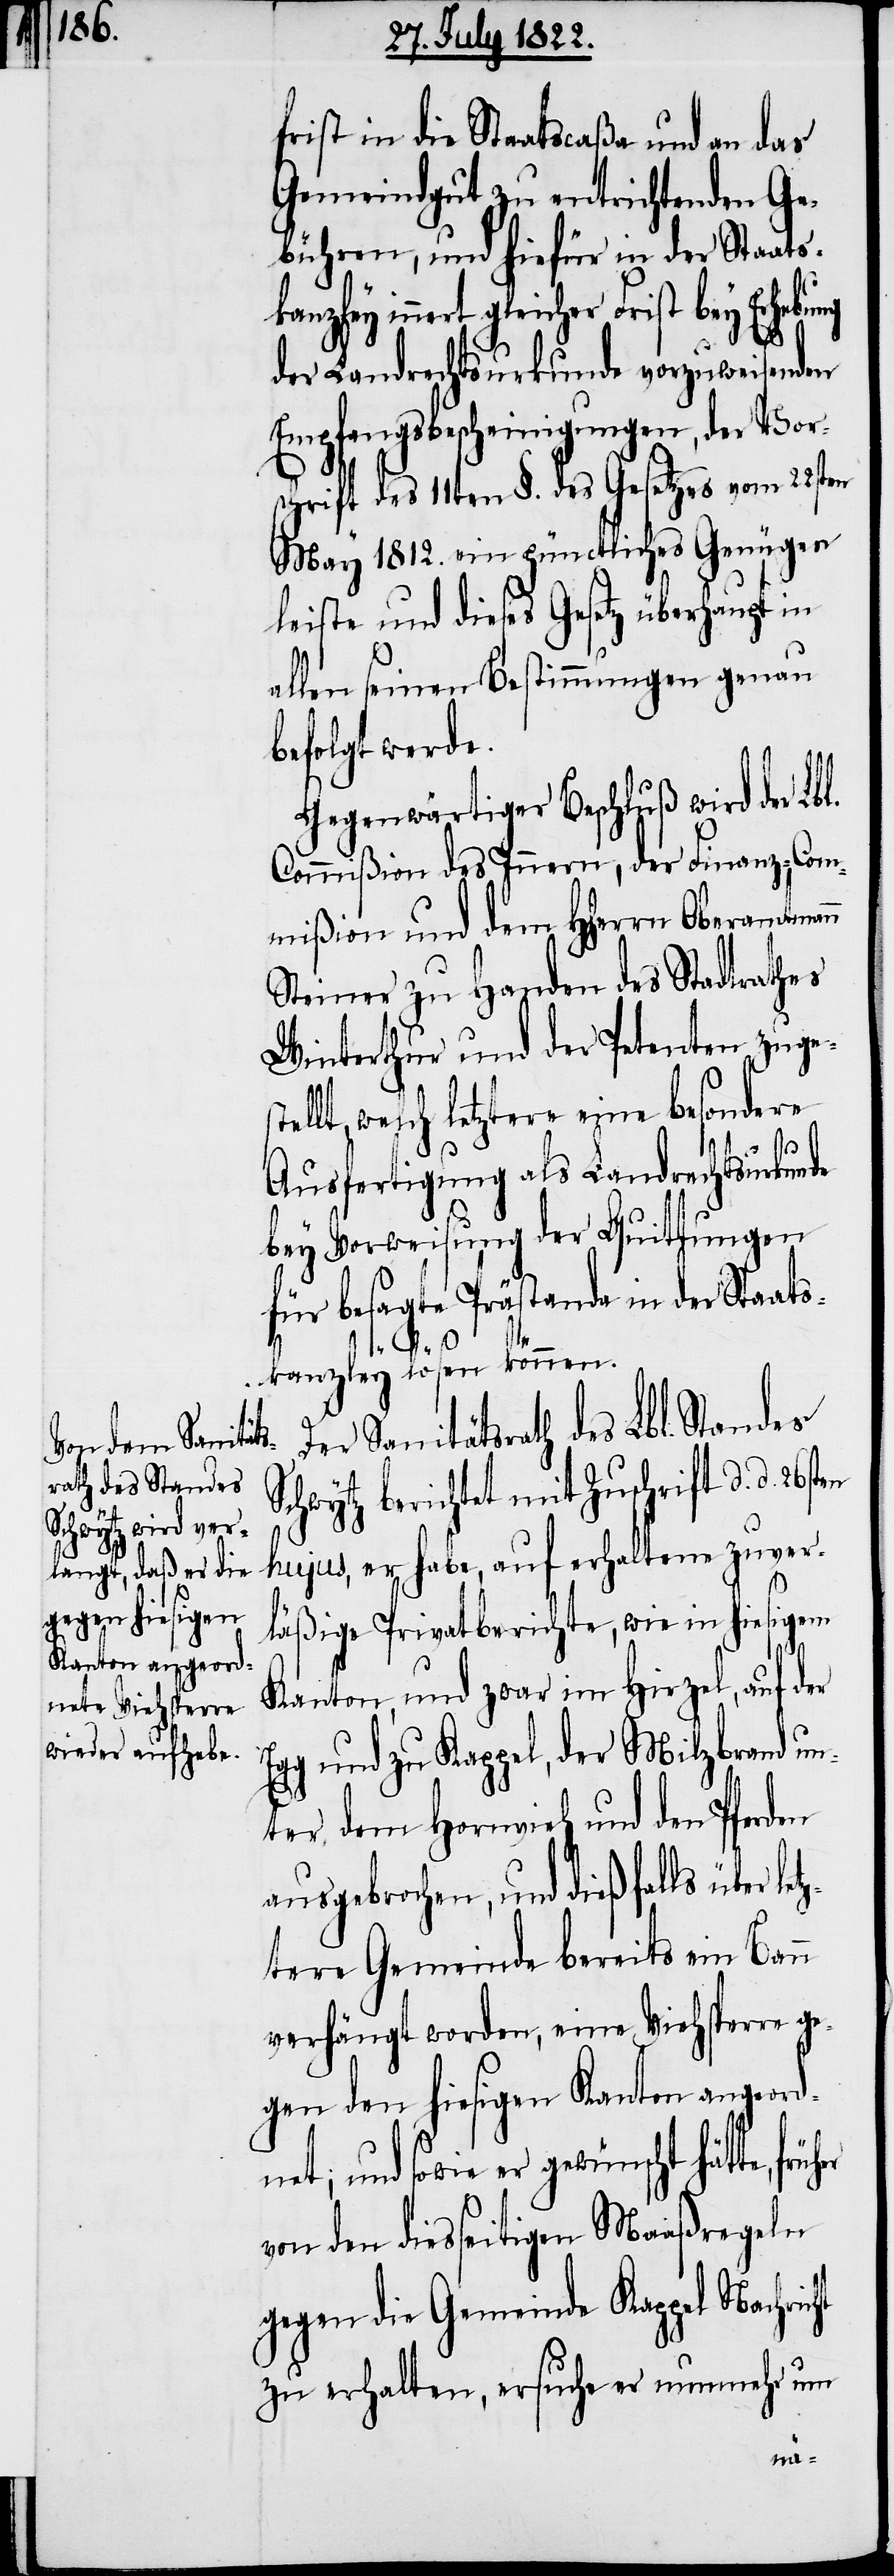
frist in die Staatscaßa und an das
Gemeindgut zu entrichtenden Ge¬
bühren, und hiefür in der Staats¬
kanzley innert gleicher Frist bey Erhebung
der Landrechtsurkunde vorzuweisenden
Empfangsbescheinigungen, der Vor¬
schrift des 11ten §. des Gesetzes vom 22sten
May 1812. ein gründliches Genügen
leiste und dieses Gesetz überhaupt in
allen seinen Bestimmungen genau
befolgt werde.
Gegenwärtiger Beschluß wird der Lb¬
Commißion des Innern, der Finanz-Com¬
mißion und dem HHerrn Oberamtmann
Steiner zu Handen des Stadtrathes
Winterthur und der Petenten zuge¬
lt, welch letztere eine besondere
Ausfertigung als Landrechtsurkunde
bey Vorweisung der Quittungen
für besagte Prästanda in der Staats¬
stel¬
kanzley lösen können.
Der Sanitätsrath des Lbl. Standes
Schwytz berichtet mit Zuschrift d. d.
hujus, er habe auf erhaltene zuver¬
ht
läßige Privatberichte, wie in hiesigem
Kanton, und zwar im Hirzel, auf der
gg und zu Kappel, der Milzbrand un¬
ter dem Hornvieh und den Pferden
ausgebrochen, und dießfalls über l¬
ztere Gemeinde bereits ein Bann
verhängt worden, eine Viehsperre ge¬
gen den hiesigen Kanton angeord¬
net; und sowie er gewünscht
von den diesseitigen Maaßregeln
gegen die Gemeinde Kappel Nachric¬
zu erhalten, ersuche er nunmehr um